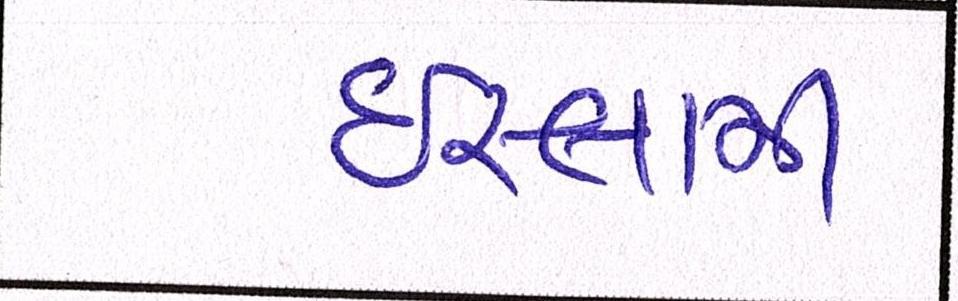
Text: ઈસ્લામી